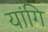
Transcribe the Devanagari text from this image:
यांगि